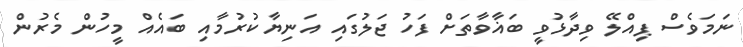
ނަމަވެސް ޕިއްލޭ ވިދާޅުވީ ބަޣާވާތަށް ފަހު ޖަލުގައި އަނިޔާކުރުމާއި ބައެއް މީހުން މެރުން